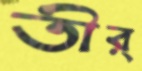
তীর্